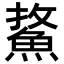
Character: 𩷢